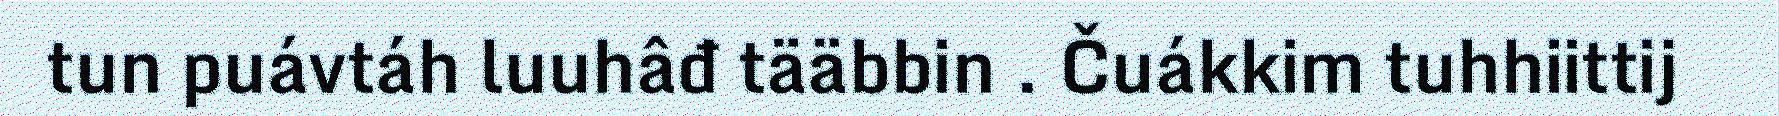
tun puávtáh luuhâđ tääbbin . Čuákkim tuhhiittij